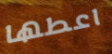
اعطها